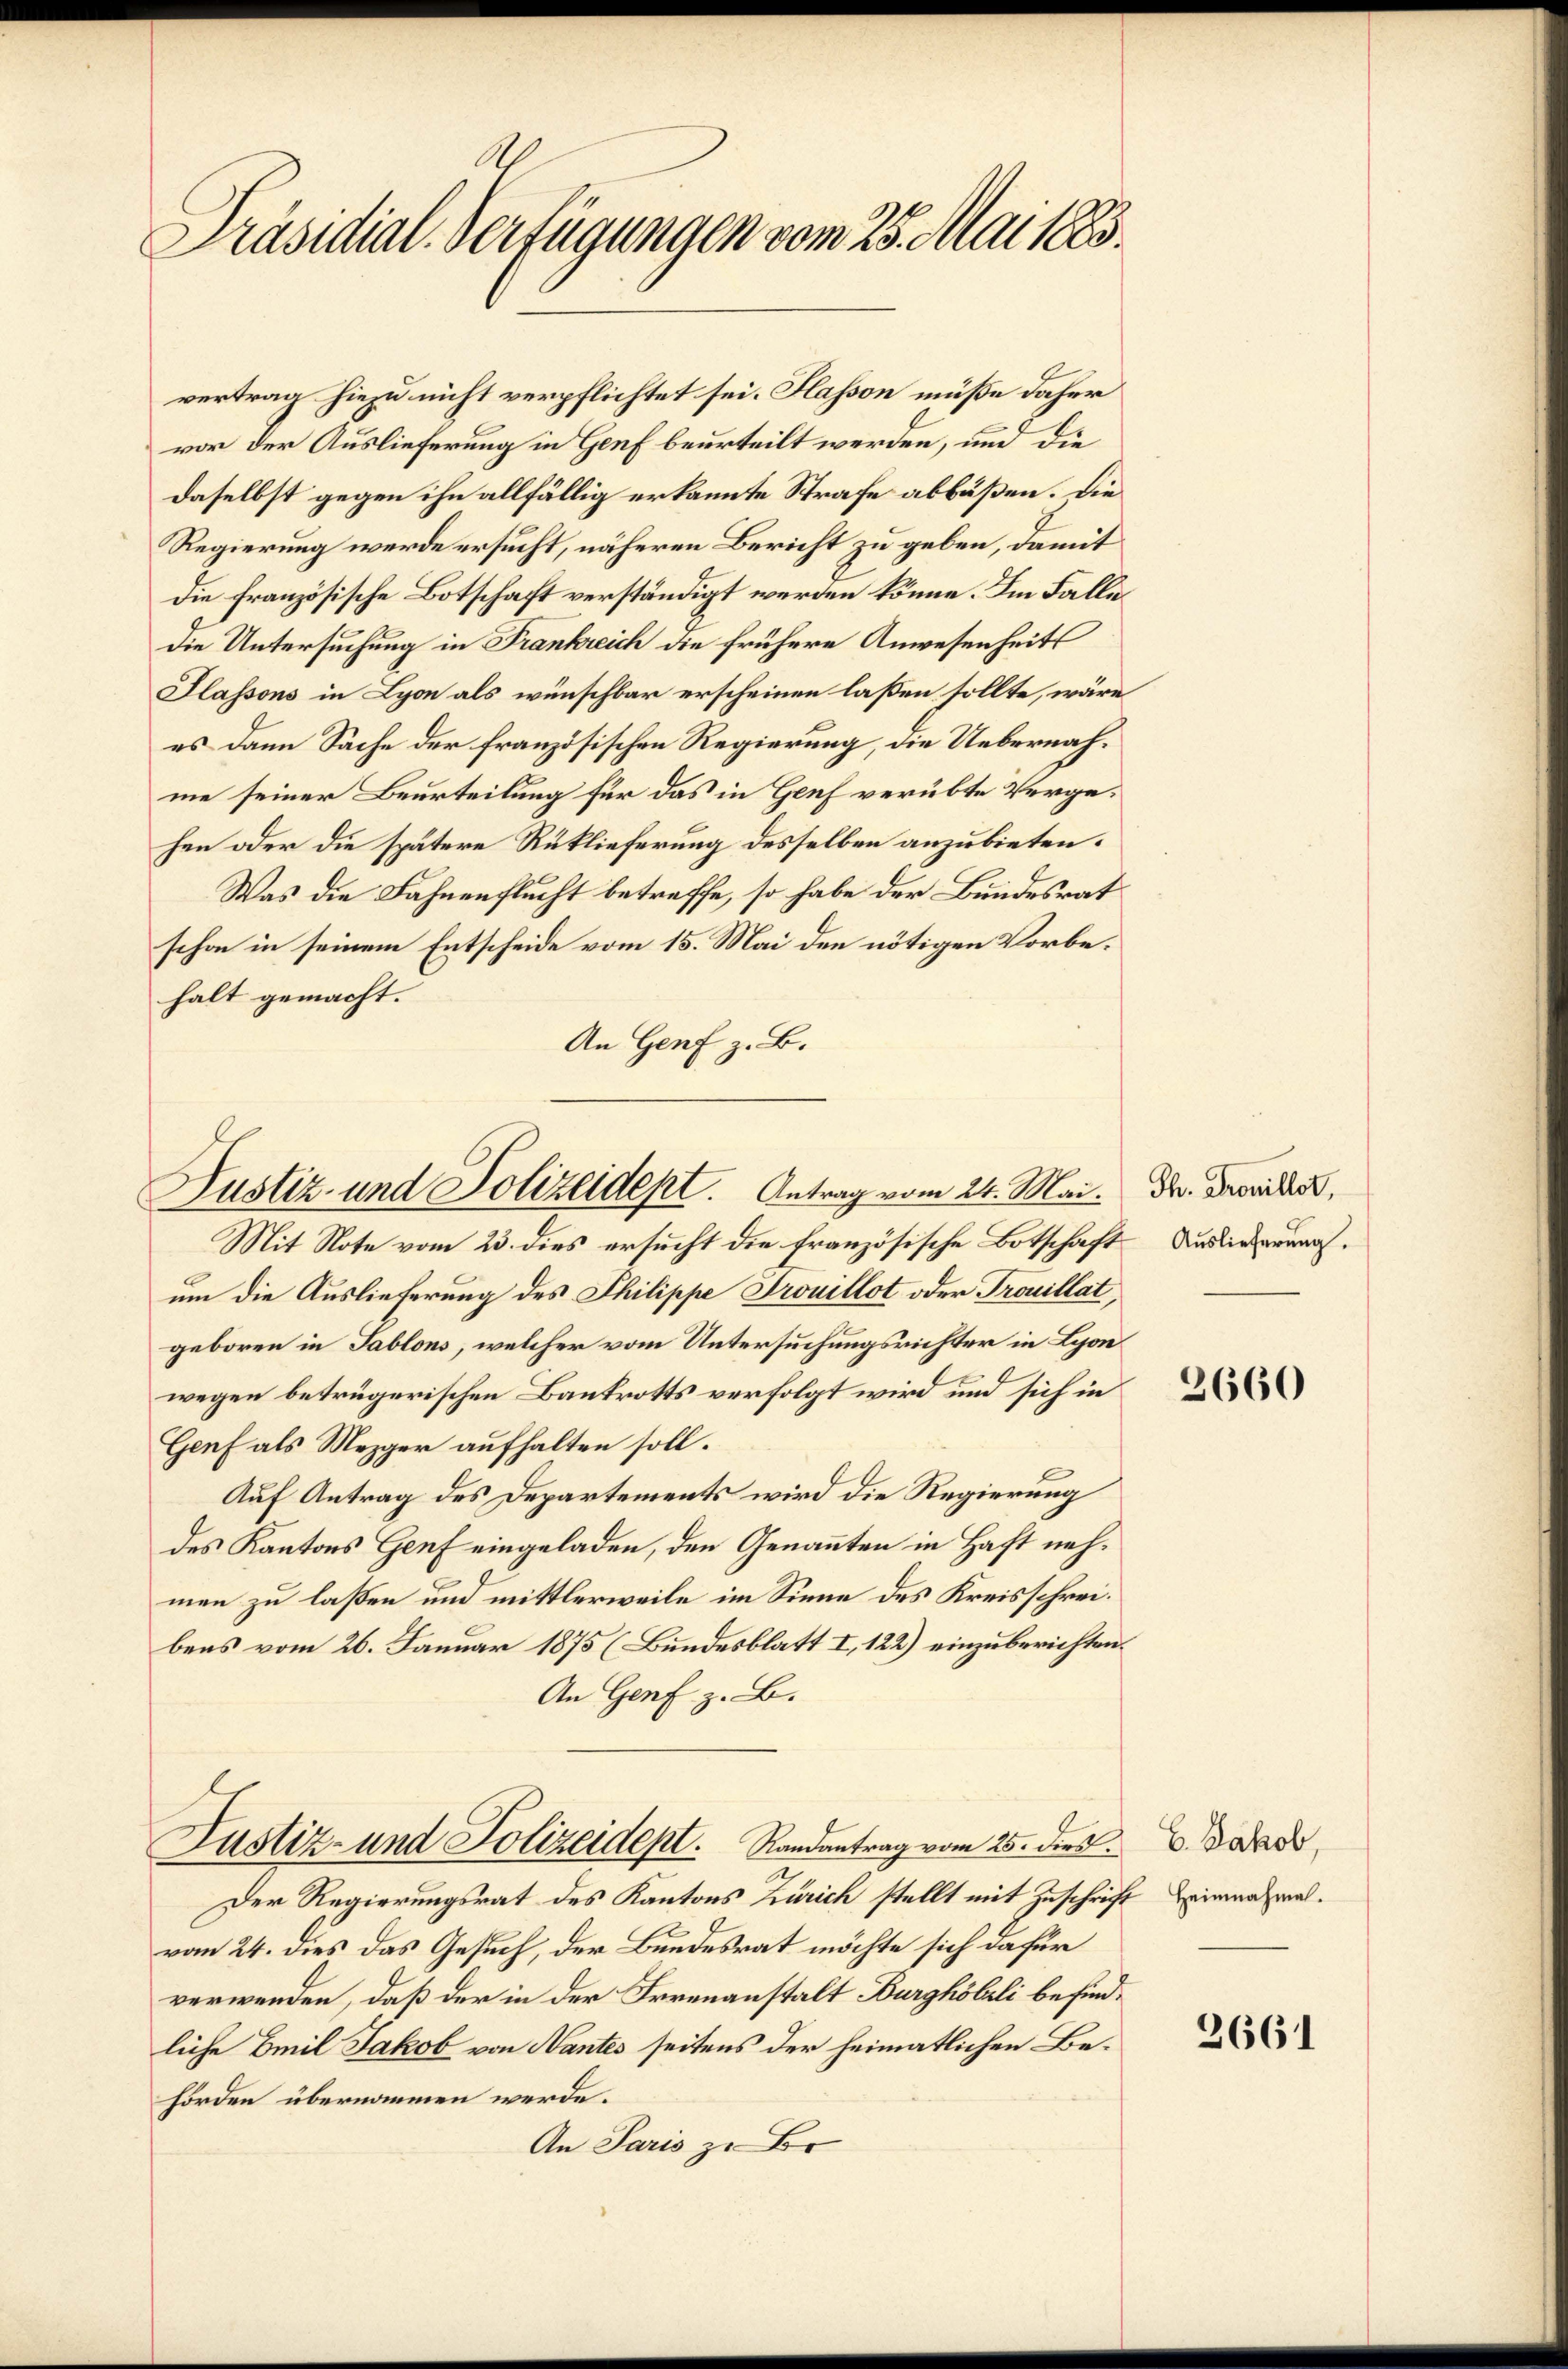
Präsidial-Verfügungen vom 25. Mai 1883.

vertrag hiezu nicht verpflichtet sei. Flasson müße daher
vor der Auslieferung in Genf beurteilt werden, und die
daselbst gegen ihn allfällig erkannte Strafe abbüßen. Die
Regierung werde ersucht, näheren Bericht zu geben, damit
die französische Botschaft verständigt werden könne. Im Falli
die Untersuchung in Frankreich die frühere Anwesenheits
Slassons in Lyon als wünschbar erscheinen laßen sollte, wäre
es dann Sache der französischen Regierung, die Uebernahme seiner Beurteilung für das in Genf verübte Vergehen oder die spätere Rüklieferung desselben anzubieten.
Was die Fahnenflucht betreffe, so habe der Bundesrat
schon in seinem Entscheide vom 15. Mai den nötigen Vorbehalt gemacht.
An Genf z. B.

Justiz- und Polizeident. Antrag vom 24. Mai.

Mit Note vom 23. dies ersucht die französische Botschaft
um die Auslieferung des Philippe Trouillot oder Trouillat,
geboren in Sablons, welcher vom Untersuchungsrichter in Lyon
wegen betrügerischen Bankrotts verfolgt wird und sich in
Genf als Mezger aufhalten soll.
Auf Antrag des Departements wird die Regierung
des Kantons Genf eingeladen, den Genannten in Haft nehmen zu laßen und mittlerweile im Sinne des Kreisschreibens vom 26. Januar 1875 (Bundesblatt I, 122) einzuberichten.
An Genf z. B.
Justiz- und Polizeidept. Randantrag vom 25. dies
Der Regierungsrat des Kantons Zürich stellt mit Zuschrift
vom 24. dies das Gesuch, der Bundesrat möchte sich dafür
verwenden, daß der in der Irrenanstalt Burghölzli befindliche Emil Jakob von Nantes seitens der heimatlichen Behörden übernommen werde.
An Paris zu Br

Th. Trouillet,
Auslieferung.

2660

E. Jakob,
2 Heimnachmal.

2661